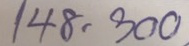
148 - 300